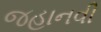
જહાનવી